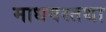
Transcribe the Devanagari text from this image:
माधवस्तथा